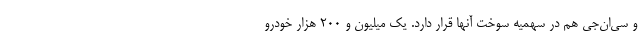
و سی‌ان‌جی هم در سهمیه سوخت آنها قرار دارد. یک میلیون و ۲۰۰ هزار خودرو